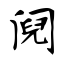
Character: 阋